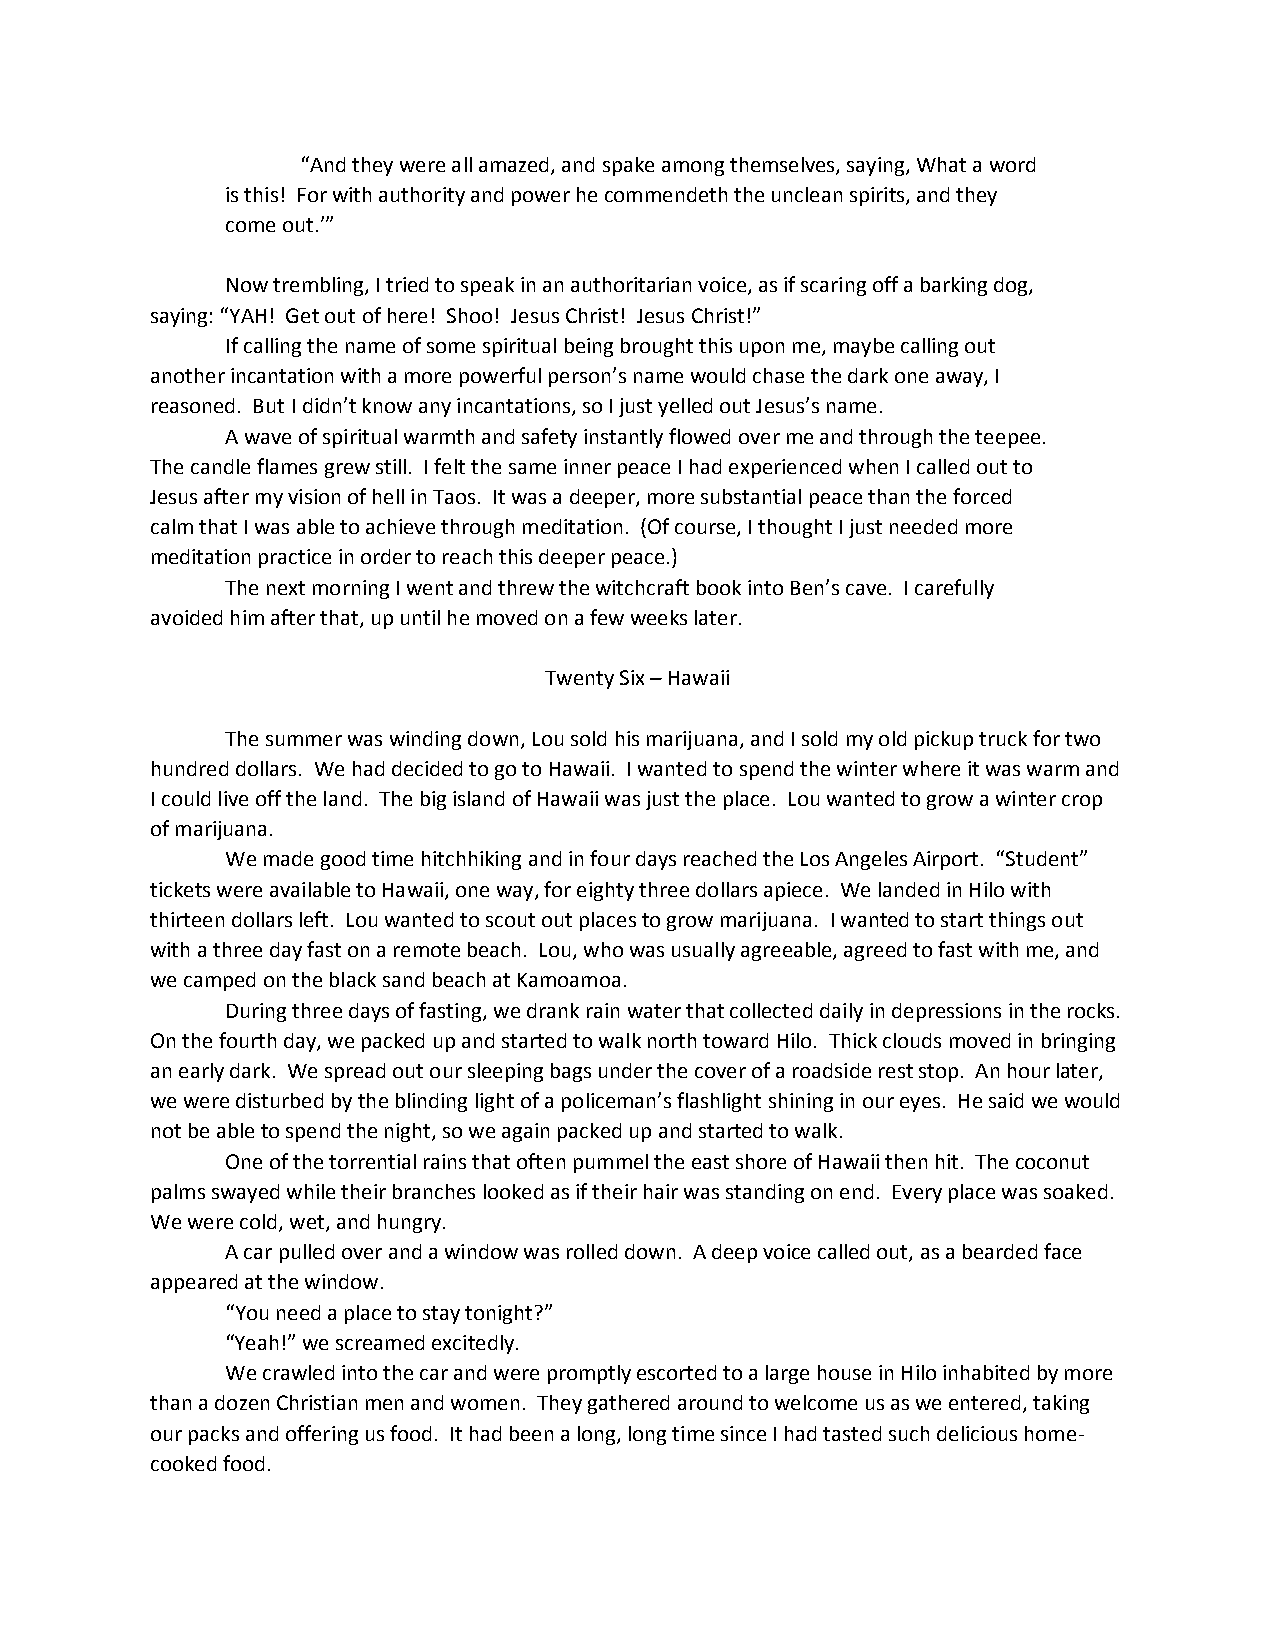
“And they were all amazed, and spake among themselves, saying, What a word
 is this! For with authority and power he commendeth the unclean spirits, and they
 come out.’”
 Now trembling, I tried to speak in an authoritarian voice, as if scaring off a barking dog,
 saying: “YAH! Get out of here! Shoo! Jesus Christ! Jesus Christ!”
 If calling the name of some spiritual being brought this upon me, maybe calling out
 another incantation with a more powerful person’s name would chase the dark one away, I
 reasoned. But I didn’t know any incantations, so I just yelled out Jesus’s name.
 A wave of spiritual warmth and safety instantly flowed over me and through the teepee.
 The candle flames grew still. I felt the same inner peace I had experienced when I called out to
 Jesus after my vision of hell in Taos. It was a deeper, more substantial peace than the forced
 calm that I was able to achieve through meditation. (Of course, I thought I just needed more
 meditation practice in order to reach this deeper peace.)
 The next morning I went and threw the witchcraft book into Ben’s cave. I carefully
 avoided him after that, up until he moved on a few weeks later.
 Twenty Six – Hawaii
 The summer was winding down, Lou sold his marijuana, and I sold my old pickup truck for two
 hundred dollars. We had decided to go to Hawaii. I wanted to spend the winter where it was warm and
 I could live off the land. The big island of Hawaii was just the place. Lou wanted to grow a winter crop
 of marijuana.
 We made good time hitchhiking and in four days reached the Los Angeles Airport. “Student”
 tickets were available to Hawaii, one way, for eighty three dollars apiece. We landed in Hilo with
 thirteen dollars left. Lou wanted to scout out places to grow marijuana. I wanted to start things out
 with a three day fast on a remote beach. Lou, who was usually agreeable, agreed to fast with me, and
 we camped on the black sand beach at Kamoamoa.
 During three days of fasting, we drank rain water that collected daily in depressions in the rocks.
 On the fourth day, we packed up and started to walk north toward Hilo. Thick clouds moved in bringing
 an early dark. We spread out our sleeping bags under the cover of a roadside rest stop. An hour later,
 we were disturbed by the blinding light of a policeman’s flashlight shining in our eyes. He said we would
 not be able to spend the night, so we again packed up and started to walk.
 One of the torrential rains that often pummel the east shore of Hawaii then hit. The coconut
 palms swayed while their branches looked as if their hair was standing on end. Every place was soaked.
 We were cold, wet, and hungry.
 A car pulled over and a window was rolled down. A deep voice called out, as a bearded face
 appeared at the window.
 “You need a place to stay tonight?”
 “Yeah!” we screamed excitedly.
 We crawled into the car and were promptly escorted to a large house in Hilo inhabited by more
 than a dozen Christian men and women. They gathered around to welcome us as we entered, taking
 our packs and offering us food. It had been a long, long time since I had tasted such delicious home-
 cooked food.